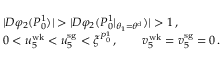
\begin{array} { r l } & { | D \varphi _ { 2 } ( P _ { 0 } ^ { 1 } ) | > | D \varphi _ { 2 } ( P _ { 0 } ^ { 1 } | _ { \theta _ { 1 } = \theta ^ { \mathrm { d } } } ) | > 1 \, , } \\ & { 0 < u _ { 5 } ^ { \mathrm { w k } } < u _ { 5 } ^ { \mathrm { s g } } < \xi ^ { P _ { 0 } ^ { 1 } } \, , \qquad v _ { 5 } ^ { \mathrm { w k } } = v _ { 5 } ^ { \mathrm { s g } } = 0 \, . } \end{array}